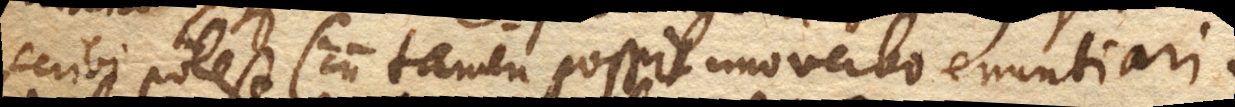
scribi potest (+ cum tamen possit uno verbo enuntiari +)